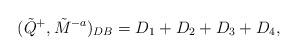
LaTeX: \begin{align*}(\tilde{Q}^{+},\tilde{M}^{-a})_{DB} =D_{1}+D_{2}+D_{3}+D_{4},\end{align*}